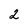
Character: 2